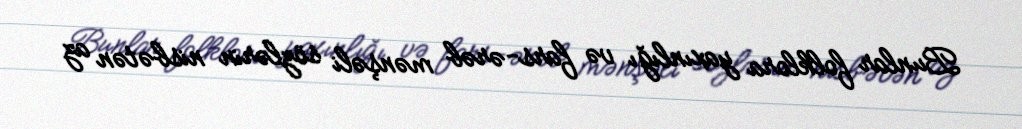
Bunlar folklora yaxınlığı və fars-ərəb mənşəli sözlərin nisbətən az